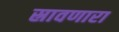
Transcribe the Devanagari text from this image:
स्रावणारा